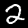
Digit: 2